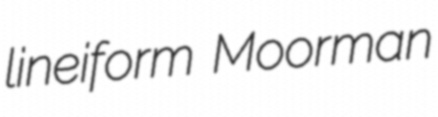
lineiform Moorman